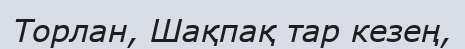
Торлан, Шақпақ тар кезең,